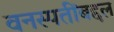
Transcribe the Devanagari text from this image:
वनस्पतींबद्दल